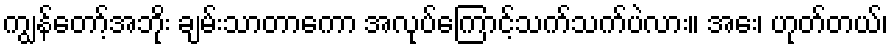
ကျွန်တော့်အဘိုး ချမ်းသာတာကော အလုပ်ကြောင့်သက်သက်ပဲလား။ အေး၊ ဟုတ်တယ်၊